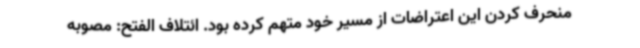
منحرف کردن این اعتراضات از مسیر خود متهم کرده بود. ائتلاف الفتح: مصوبه